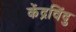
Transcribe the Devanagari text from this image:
केंद्रविंदु